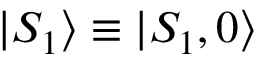
| S _ { 1 } \rangle \equiv | S _ { 1 } , 0 \rangle